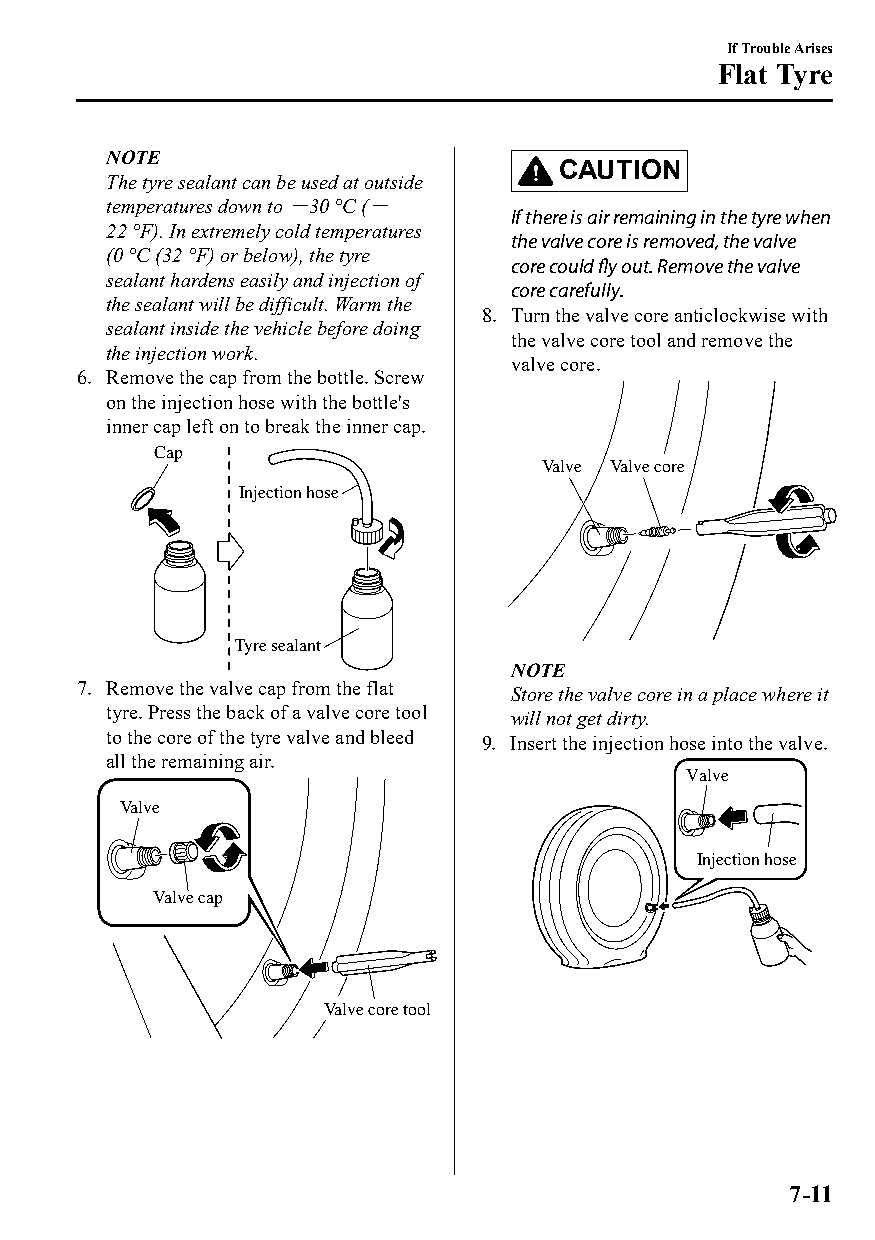
If Trouble Arises
 Flat Tyre
 NOTE
 CAUTION
 The tyre sealant can be used at outside
 temperatures down to －30 °C (－
 If there is air remaining in the tyre when
 22 °F). In extremely cold temperatures
 the valve core is removed, the valve
 (0 °C (32 °F) or below), the tyre
 core could fly out. Remove the valve
 sealant hardens easily and injection of
 core carefully.
 the sealant will be difficult. Warm the
 8. Turn the valve core anticlockwise with
 sealant inside the vehicle before doing
 the valve core tool and remove the
 the injection work.
 valve core.
 6. Remove the cap from the bottle. Screw
 on the injection hose with the bottle's
 inner cap left on to break the inner cap.
 Cap
 Valve Valve core
 Injection hose
 Tyre sealant
 NOTE
 7. Remove the valve cap from the flat Store the valve core in a place where it
 tyre. Press the back of a valve core tool will not get dirty.
 to the core of the tyre valve and bleed 9. Insert the injection hose into the valve.
 all the remaining air.
 Valve
 Valve
 Injection hose
 Valve cap
 Valve core tool
 7-11
 CX-3_8GT4-EE-18D_Edition4                  2018-9-6 18:32:19